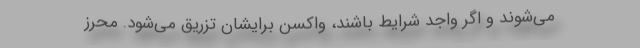
می‌شوند و اگر واجد شرایط باشند، واکسن برایشان تزریق می‌شود. محرز